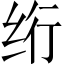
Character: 绗